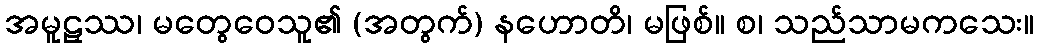
အမူဠှဿ၊ မတွေဝေသူ၏ (အတွက်) နဟောတိ၊ မဖြစ်။ စ၊ သည်သာမကသေး။